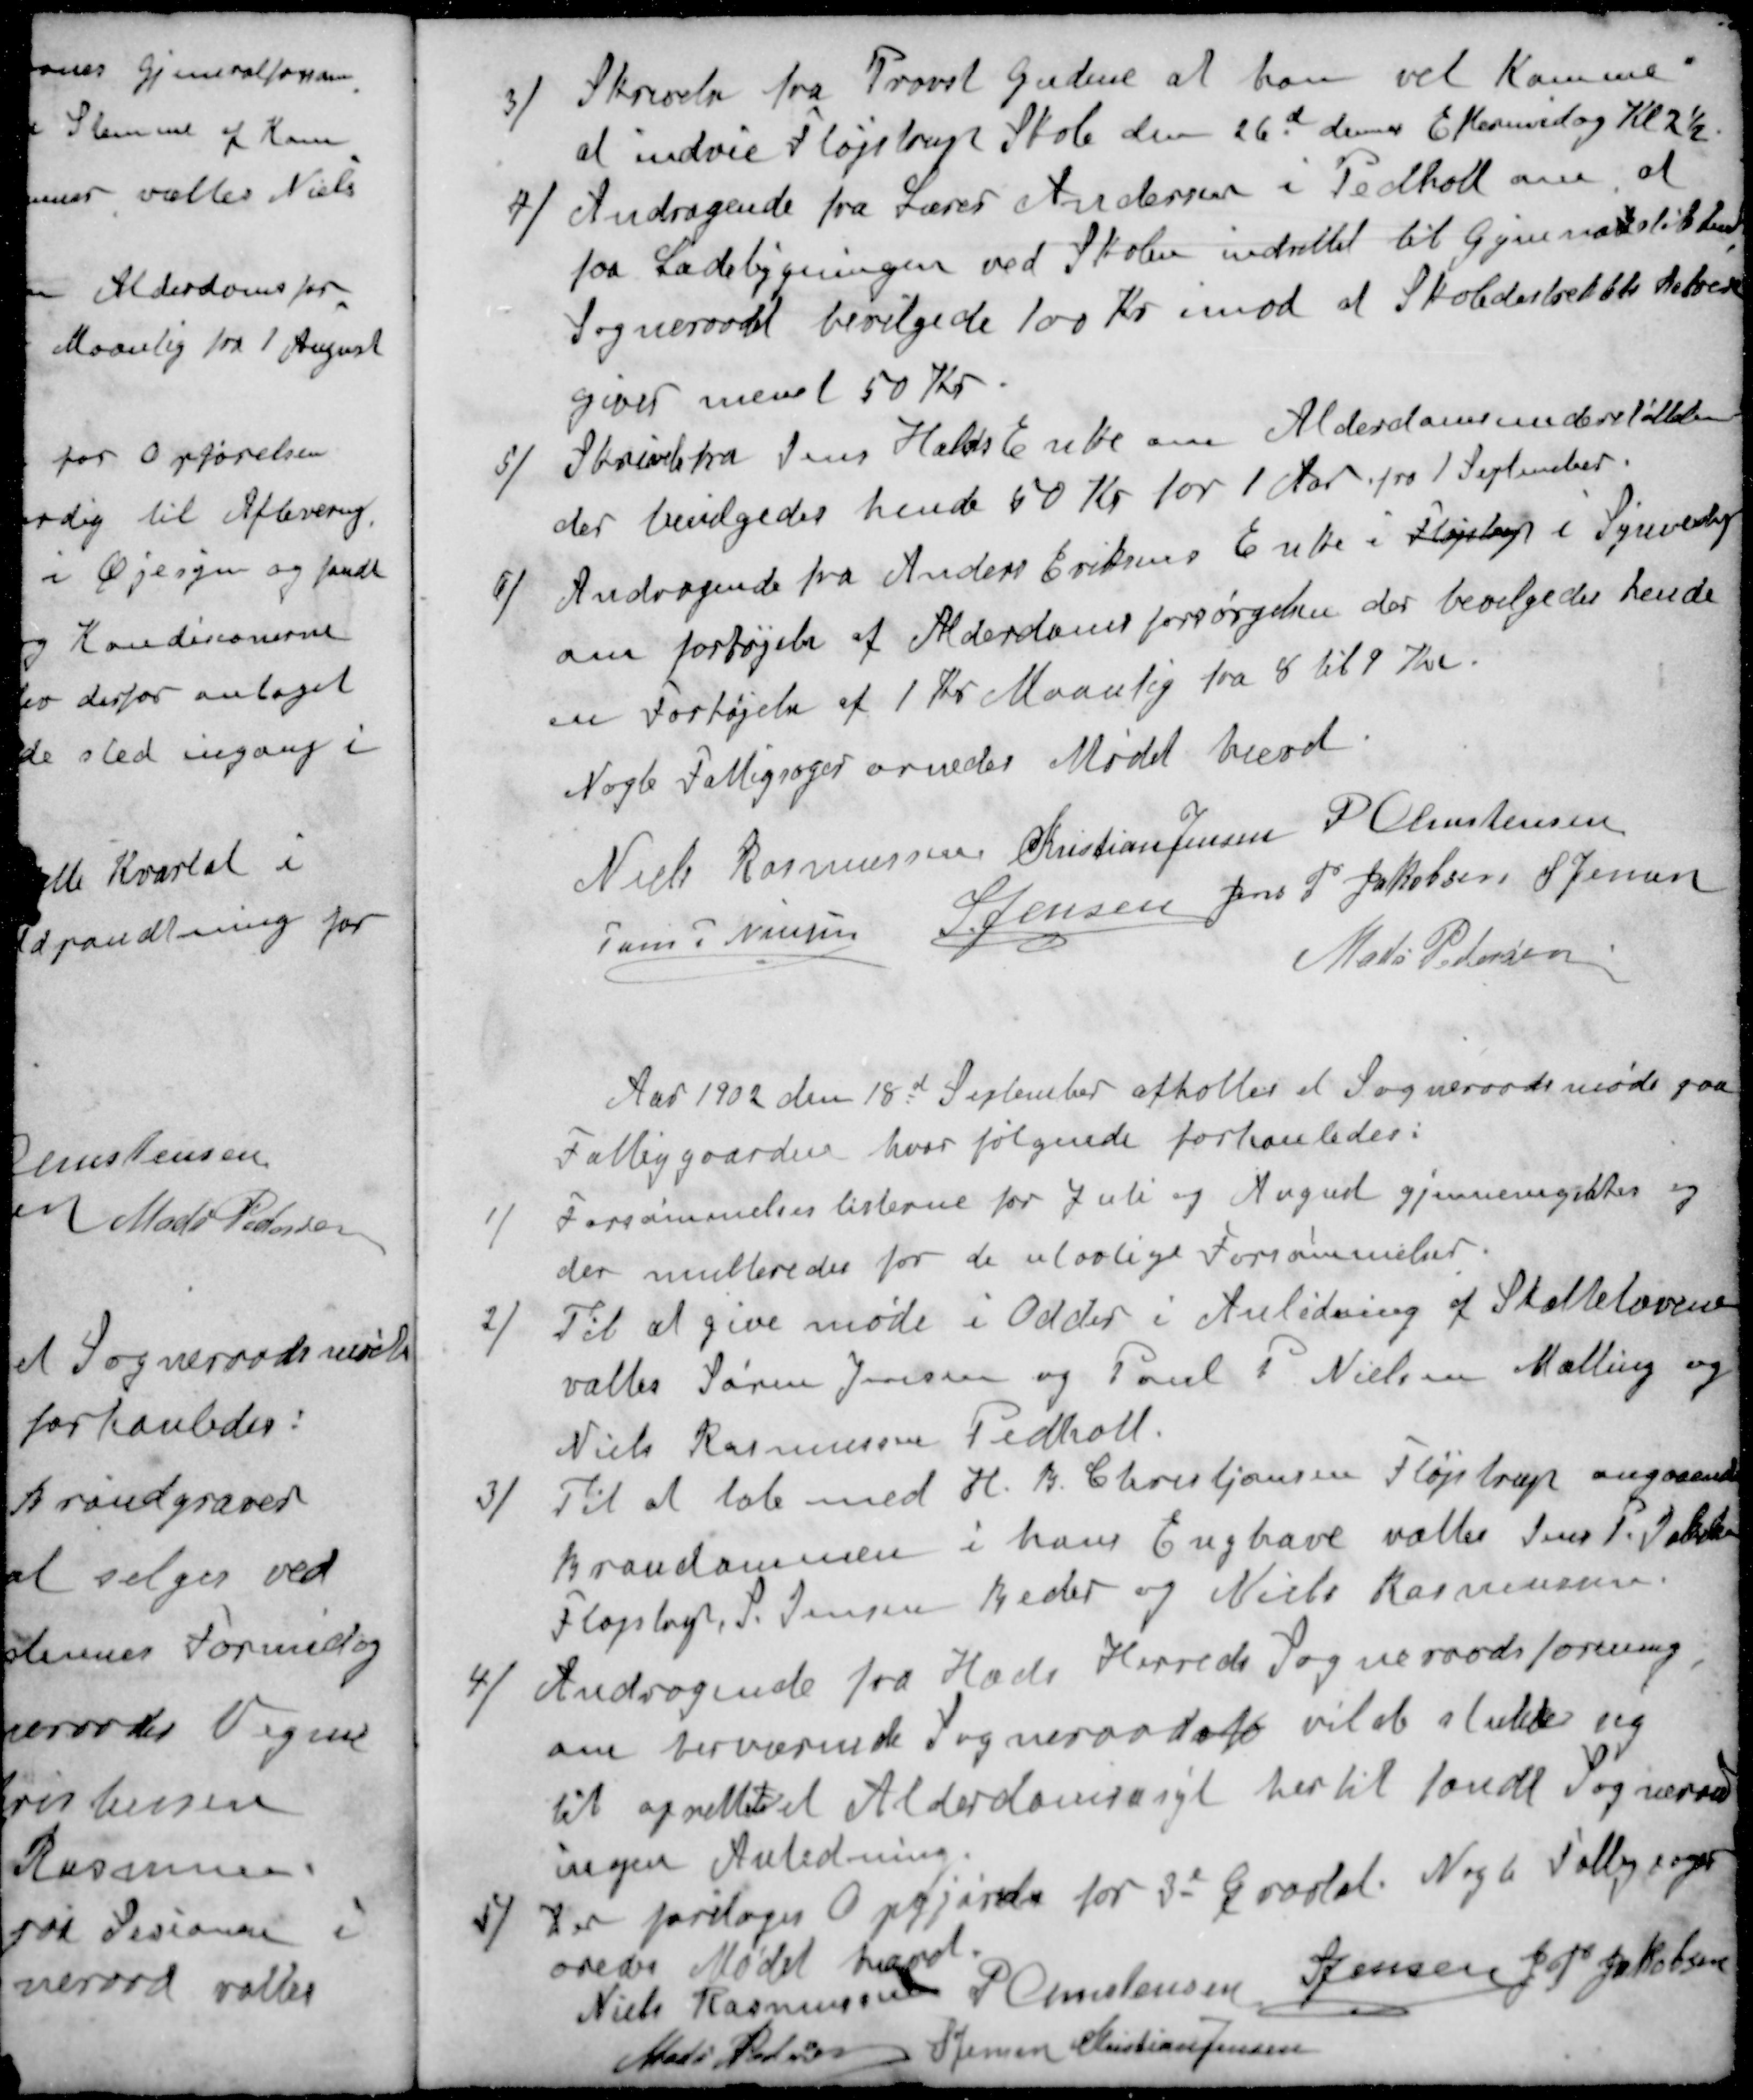
Transskription:
3 / Skrivelse fra Provst Gudene at han vil Komme
at indvie Fløjstrup Skole den 26d dennes Eftermiddag Kl 2½
4 / Andragende fra Lærer Andersen i Pedholt om, at
faa Ladebygningen ved Skolen indrettet til Gymnastiksal
Sogneraadet bevilgede 100 Kr. imod at Skoledistriktets Beboere
giver  50 Kr
5 / Skrivelse fra Jens Halds Enke om Alderdomsunderstøttelse
der bevilgedes hende 50 Kr for 1 Aar fra 1 September.
6 / Andragende fra Anders Eriksens Enke i Fløjstrup i Synnedrup
om forhøjelse af Alderdomsforsørgelsen der bevilgedes hende
en Forhøjelse af 1 Kr Maanlig fra 8 til 9 Kr.
Nogle Fattigsager ornedes Mødet hævet
Niels Rasmussen
Christian Jensen
P Christensen
Jens P Nielsen
S Jensen
Jens P Jakobsen
S Jensen
Mads Pedersen
Aar 1902 den 18d September afholtes et Sogneraadsmøde paa
Fattiggaarden, hvor følgende forhanledes:
1 / Forsømmelseslisterne for Juli og August gjennemgikkes og
der multeredes for de ulovlige Forsømmelser.
2 / Til at give møde i Odder i Anledning af Skattelovene
valtes Søren Jensen og Poul P Nielsen Malling og
Niels Rasmussen Pedholt.
3 / Til at tale med H. B. Christiansen Fløjstrup angaaende
Brandammen i hans Enghave valtes Jens P. Jakobsen
Fløjstrup, S Jensen Beder og Niels Rasmussen.
4 / Andragende fra Hads Herreds Sogneraadsforening
om herværende Sogneraad efo vilde slutte sig
til oprette et Alderdomsasyl hertil fandt Sogneraad
ingen Anledning.
5 / Der foretoges Opgjørelse for 3e Kvartal. Nogle Fattigsager
oredes Mødet hævet
Niels Rasmussen
P Christensen
S Jensen
J P Jakobsen
Mads Pedersen
S Jensen
Kristian Jensen